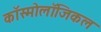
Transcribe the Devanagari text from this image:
कॉस्मोलॉजिकल